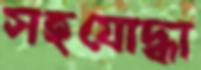
সহযোদ্ধা